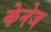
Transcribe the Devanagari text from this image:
केनेज